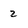
Character: 2